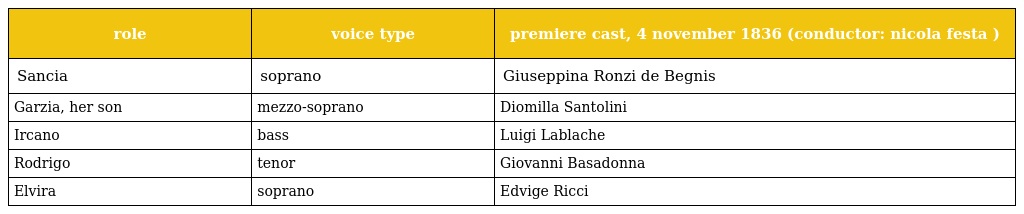
| role | voice type | premiere cast, 4 november 1836 (conductor: nicola festa ) |
 | --- | --- | --- |
 | Sancia | soprano | Giuseppina Ronzi de Begnis |
 | Garzia, her son | mezzo-soprano | Diomilla Santolini |
 | Ircano | bass | Luigi Lablache |
 | Rodrigo | tenor | Giovanni Basadonna |
 | Elvira | soprano | Edvige Ricci |